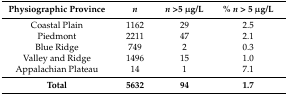
<table><thead><tr><td><b>Physiographic Province</b></td><td><b><i>n</i></b></td><td><b><i>n</i> &gt;5 μg/L</b></td><td><b>% <i>n</i> &gt; 5 μg/L</b></td></tr></thead><tbody><tr><td>Coastal Plain</td><td>1162</td><td>29</td><td>2.5</td></tr><tr><td>Piedmont</td><td>2211</td><td>47</td><td>2.1</td></tr><tr><td>Blue Ridge</td><td>749</td><td>2</td><td>0.3</td></tr><tr><td>Valley and Ridge</td><td>1496</td><td>15</td><td>1.0</td></tr><tr><td>Appalachian Plateau</td><td>14</td><td>1</td><td>7.1</td></tr><tr><td><b>Total</b></td><td><b>5632</b></td><td><b>94</b></td><td><b>1.7</b></td></tr></tbody></table>